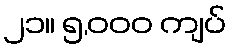
၂၁။ ၅,၀၀၀ ကျပ်